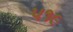
૫૧૯